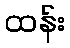
ထန်း